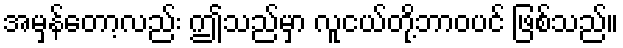
အမှန်တော့လည်း ဤသည်မှာ လူငယ်တို့ဘာဝပင် ဖြစ်သည်။